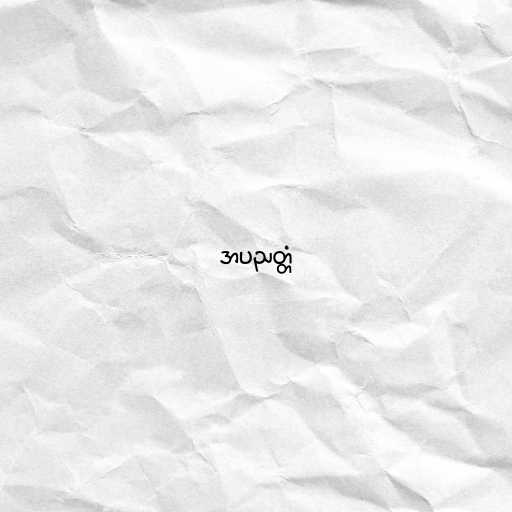
အပညတ္တံ